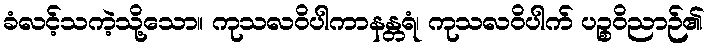
ခံလင့်သကဲ့သို့သော။ ကုသလဝိပါကာနန္တရံ၊ ကုသလဝိပါက် ပဉ္စဝိညာဉ်၏